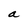
Character: a